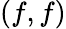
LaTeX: (f,f)